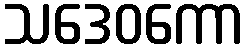
သဒေဝကော